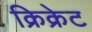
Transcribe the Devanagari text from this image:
क्रिक्रेट